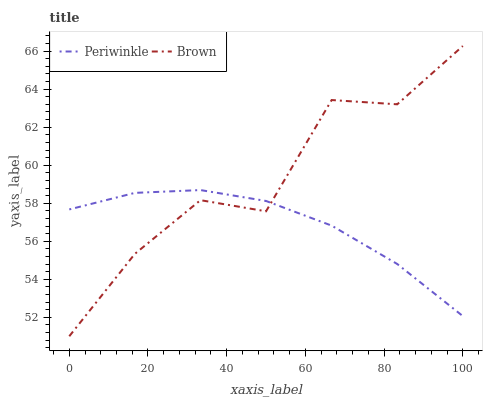
| xaxis_label | Periwinkle | Brown |
 | --- | --- | --- |
 | 0 | 57.7 | 51 |
 | 16.7 | 58.5 | 55.3 |
 | 33.3 | 58.7 | 58.2 |
 | 50 | 58.1 | 57.6 |
 | 66.7 | 56.8 | 63.4 |
 | 83.3 | 54.8 | 63.2 |
 | 100 | 52.1 | 66.3 |